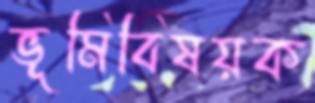
ভূমিবিষয়ক